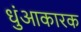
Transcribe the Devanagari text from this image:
धुंआकारक